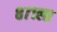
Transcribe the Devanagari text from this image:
८७१ला